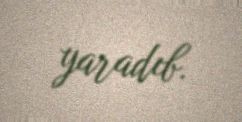
yaradıb.